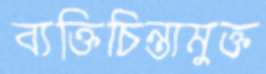
ব্যক্তিচিন্তামুক্ত